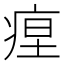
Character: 𤶚